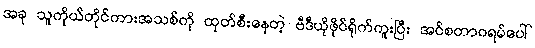
အခု သူကိုယ်တိုင်ကားအသစ်ကို ထုတ်စီးနေတဲ့ ဗီဒီယိုဖိုင်ရိုက်ကူးပြီး အင်စတာဂရမ်ပေါ်